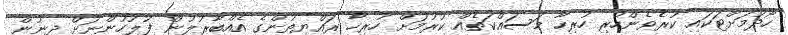
ހޯދުމަށްޓަކައި ކުރެވެންހުރި ހުރިހާ މަސައްކަތެއް ކުރުމަށް ހުރިހާ ރައްޔިތުންގެ އެއްބާރުލުން ފުލުހުންނަށް ދިނުން